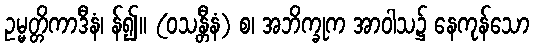
ဥမ္မတ္တိကာဒီနံ၊ န်၍။ (ဝသန္တီနံ) စ၊ အဘိက္ခုက အာဝါသ၌ နေကုန်သော